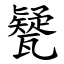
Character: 㽈